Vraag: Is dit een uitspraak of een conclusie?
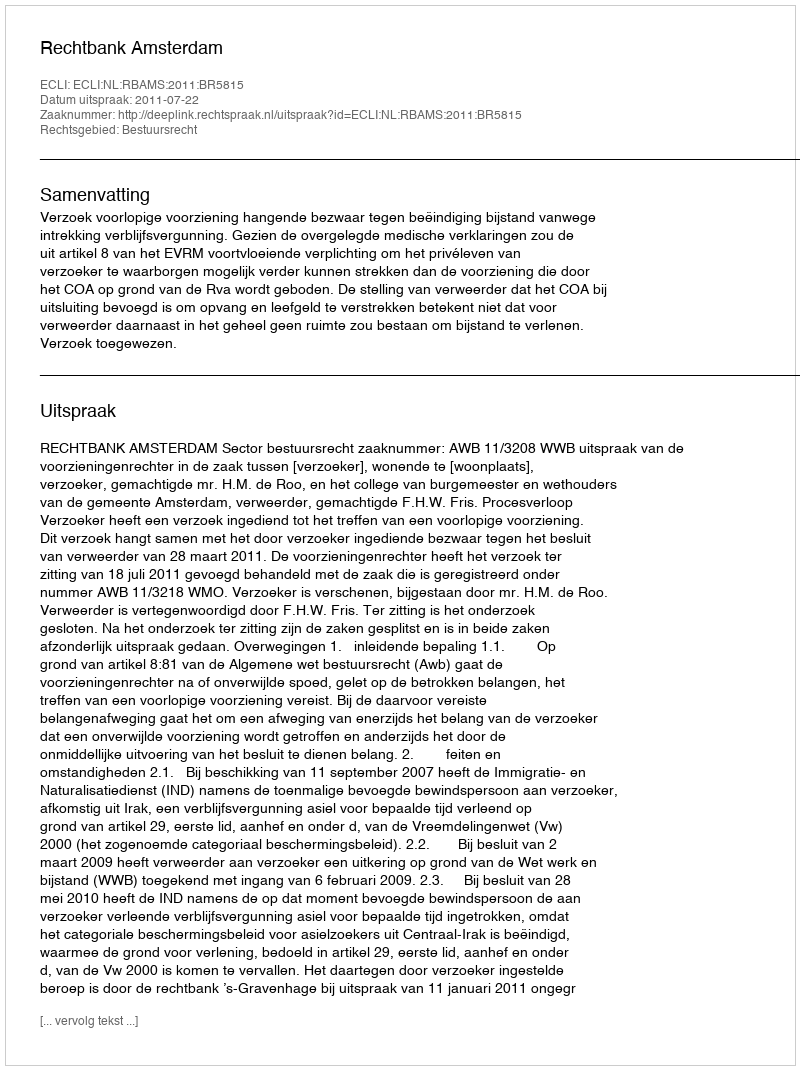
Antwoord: Uitspraak